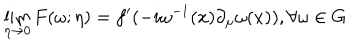
\lim _ { \eta \rightarrow 0 } F ( \omega ; \eta ) = f ^ { \prime } ( - i \omega ^ { - 1 } ( x ) \partial _ { \mu } \omega ( x ) ) , \forall \omega \in G